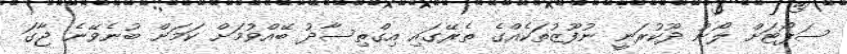
ސަޕޯޓަށް ލޯނު ދޫކުރަނީ ނުފޫޒުތަކެއްގެ ތެރޭގައި އިގްތިސާދު ބޭއްވުމަށް ކަމަށް ބުނެވޭނެ ޖާގަ